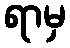
ရာမှ